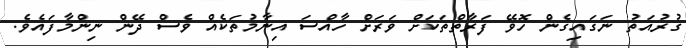
ގުރުއަތު ނަގައިގެން ހޮވޭ ފަރާތްތަކަށް ވަރަށް ހާއްސަ އިނާމުތަކެއް ވެސް ދޭން ނިންމާފައެވެ.